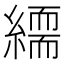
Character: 𦅏